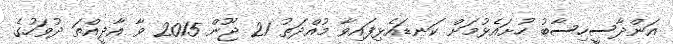
އަންދާސީހިސާބު ހުށައެޅުމަށް ކަނޑައެޅިފައިވާ މުއްދަތު 21 ޖޫން 2015 ވާ އާދީއްތަ ދުވަހުގެ